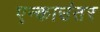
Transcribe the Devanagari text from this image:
एन्काउंतर